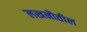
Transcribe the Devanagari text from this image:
लखनौतील